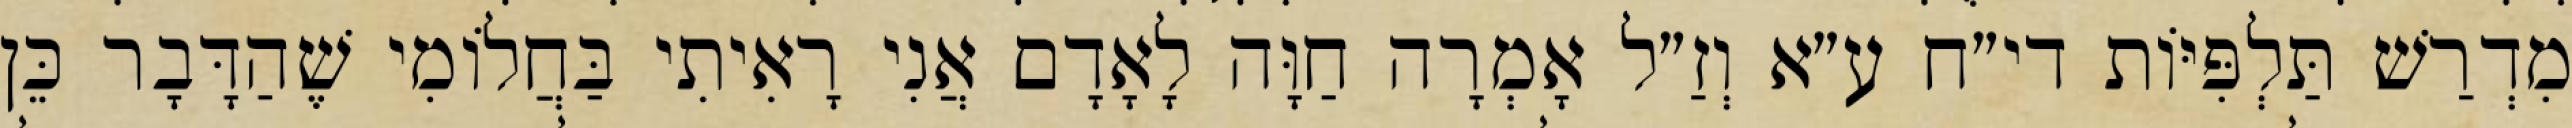
מִדְרַשׁ תַּלְפִּיּוֹת די״ח ע״א וְזַ״ל אָמְרָה חַוָּה לָאָדָם אֲנִי רָאִיתִי בַּחֲלוֹמִי שֶׁהַדָּבָר כֵּן